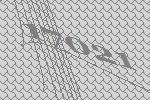
17021